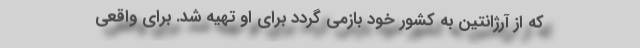
که از آرژانتین به کشور خود بازمی‌ گردد برای او تهیه شد. برای واقعی